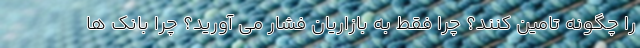
را چگونه تامین کنند؟ چرا فقط به بازاریان فشار می آورید؟ چرا بانک ها